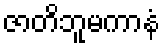
ဇာတိဘူမကာနံ